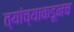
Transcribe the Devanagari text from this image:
त्‍यांच्याकडूनच